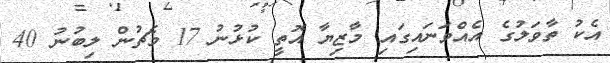
އެކު ތާވަލުގެ އެއްވަނައިގައި މާޒިޔާ އޮތީ ކުޅުނު 17 މެޗުން ލިބުނު 40